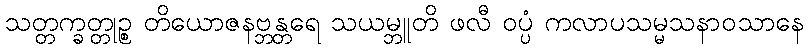
သတ္တက္ခတ္တုဉ္စ တိယောဇနဗ္ဘန္တရေ သယမ္ဘူတိ ဖလီ ဝပ္ပံ ကလာပသမ္မသနာဝသာနေ